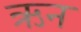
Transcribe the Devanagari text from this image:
ऋन